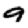
Digit: 9